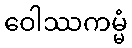
ဝေါဿကမ္မံ